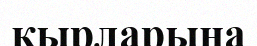
қырларына